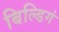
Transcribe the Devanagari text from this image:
बिल्डिगं